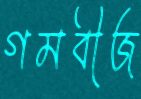
গমবীজ